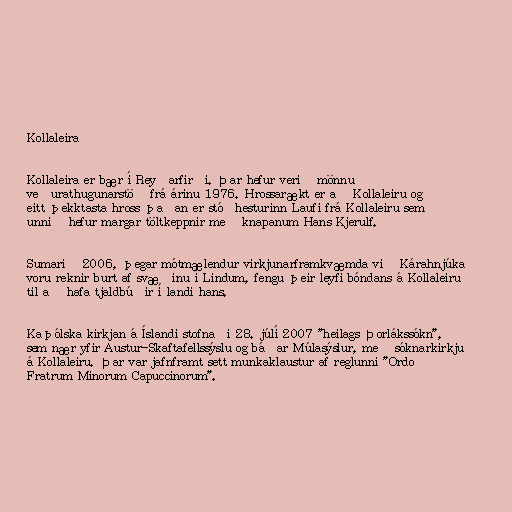
Kollaleira

Kollaleira er bær í Reyðarfirði. Þar hefur verið mönnuð
veðurathugunarstöð frá árinu 1976. Hrossarækt er að Kollaleiru og
eitt þekktasta hross þaðan er stóðhesturinn Laufi frá Kollaleiru sem
unnið hefur margar töltkeppnir með knapanum Hans Kjerulf.

Sumarið 2006, þegar mótmælendur virkjunarframkvæmda við Kárahnjúka
voru reknir burt af svæðinu í Lindum, fengu þeir leyfi bóndans á Kollaleiru
til að hafa tjaldbúðir í landi hans.

Kaþólska kirkjan á Íslandi stofnaði 28. júlí 2007 "heilags Þorlákssókn",
sem nær yfir Austur-Skaftafellssýslu og báðar Múlasýslur, með sóknarkirkju
á Kollaleiru. Þar var jafnframt sett munkaklaustur af reglunni "Ordo
Fratrum Minorum Capuccinorum".